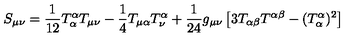
S _ { \mu \nu } = \frac { 1 } { 1 2 } T _ { \alpha } ^ { \alpha } T _ { \mu \nu } - \frac { 1 } { 4 } T _ { \mu \alpha } T _ { \nu } ^ { \alpha } + \frac { 1 } { 2 4 } g _ { \mu \nu } \left[ 3 T _ { \alpha \beta } T ^ { \alpha \beta } - ( T _ { \alpha } ^ { \alpha } ) ^ { 2 } \right]